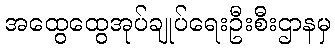
အထွေထွေအုပ်ချုပ်ရေးဦးစီးဌာနမှ